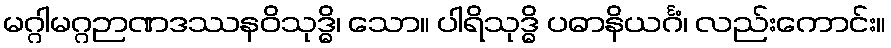
မဂ္ဂါမဂ္ဂဉာဏဒဿနဝိသုဒ္ဓိ၊ သော။ ပါရိသုဒ္ဓိ ပဓာနိယင်္ဂံ၊ လည်းကောင်း။